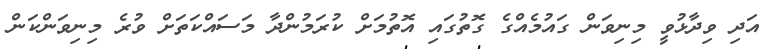
އަދި ވިދާޅުވީ މިނިވަން ގައުމެއްގެ ގޮތުގައި އޮތުމަށް ކުރަމުންދާ މަސައްކަތަށް ވުރެ މިނިވަންކަން